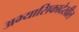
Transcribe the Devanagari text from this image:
अभ्यासिकादेखील